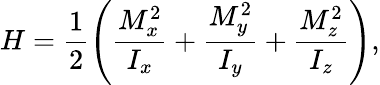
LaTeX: H=\frac{1}{2}\left(\frac{M_{x}^{2}}{I_{x}}+\frac{M_{y}^{2}}{I_{y}}+\frac{M_{z}^{2}}{I_{z}}\right),